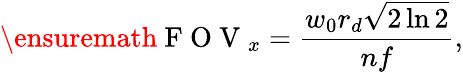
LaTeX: \ensuremath{\mathrm{~F~O~V~}}_{x}=\frac{w_{0}r_{d}\sqrt{2\ln 2}}{nf},